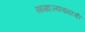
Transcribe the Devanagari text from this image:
साम्राज्यवादाची